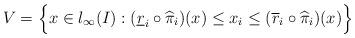
LaTeX: \begin{align*}V = \Bigl \{ x \in l_\infty(I) : (\underline{r}_i \circ \widehat{\pi}_i)(x) \le x_i \le (\overline{r}_i \circ \widehat{\pi}_i)(x) \Bigr \}\end{align*}